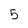
Character: 5